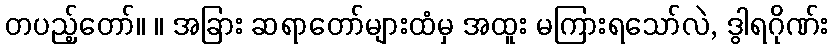
တပည့်တော်။ ။ အခြား ဆရာတော်များထံမှ အထူး မကြားရသော်လဲ, ဒွါရဂိုဏ်း